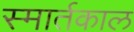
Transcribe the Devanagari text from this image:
स्मार्तकाल